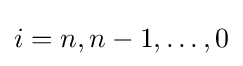
i=n,n-1,\ldots ,0